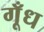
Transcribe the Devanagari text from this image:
गूँध